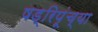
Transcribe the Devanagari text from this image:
षड्रिपूंच्या